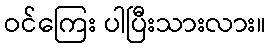
ဝင်ကြေး ပါပြီးသားလား။